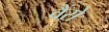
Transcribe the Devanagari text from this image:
वैंसे